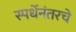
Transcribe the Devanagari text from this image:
स्पर्धेनंतरचे